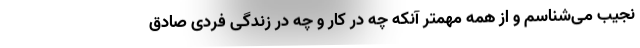
نجیب می‌شناسم و از همه مهمتر آنکه چه در کار و چه در زندگی فردی صادق